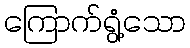
ကြောက်ရွံ့သော